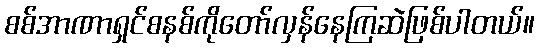
စစ်အာဏာရှင်စနစ်ကိုတော်လှန်နေကြဆဲဖြစ်ပါတယ်။